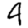
Digit: 4